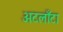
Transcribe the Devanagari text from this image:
अटलाँटा